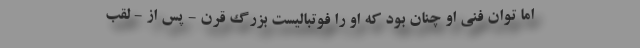
اما توان فنی او چنان بود که او را فوتبالیست بزرگ قرن - پس از - لقب